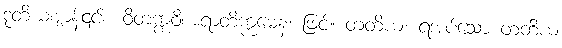
ဒုတိယဈာန်၎င်း။ ဝိတက္ကဝိစာရာတိက္ကမေန၊ ဖြင့်။ တတိယံ၊ ရအပ်သော တတိယ